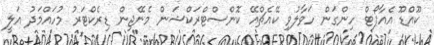
ކޫއްޑޫ އެއާޕޯޓް ހިންގަން ހަވާލުވި ކޭއެޗްއޭ ކޮންސްޓްރަކްޝަން މެނޭޖިން ޑިރެކްޓަރު މުހައްމަދު އަލީ